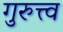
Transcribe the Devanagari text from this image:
गुरुत्त्व